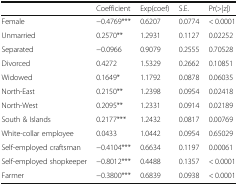
|  | Coefficient | Exp(coef) | S.E. | Pr(>|z|) |
 | --- | --- | --- | --- | --- |
 | Female | −0.4769*** | 0.6207 | 0.0774 | < 0.0001 |
 | Unmarried | 0.2570** | 1.2931 | 0.1127 | 0.02252 |
 | Separated | −0.0966 | 0.9079 | 0.2555 | 0.70528 |
 | Divorced | 0.4272 | 1.5329 | 0.2662 | 0.10851 |
 | Widowed | 0.1649* | 1.1792 | 0.0878 | 0.06035 |
 | North-East | 0.2150** | 1.2398 | 0.0954 | 0.02418 |
 | North-West | 0.2095** | 1.2331 | 0.0914 | 0.02189 |
 | South & Islands | 0.2177*** | 1.2432 | 0.0817 | 0.00769 |
 | White-collar employee | 0.0433 | 1.0442 | 0.0954 | 0.65029 |
 | Self-employed craftsman | −0.4104*** | 0.6634 | 0.1197 | 0.00061 |
 | Self-employed shopkeeper | −0.8012*** | 0.4488 | 0.1357 | < 0.0001 |
 | Farmer | −0.3800*** | 0.6839 | 0.0938 | < 0.0001 |